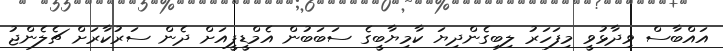
އައްބާސް ވިދާޅުވީ މިފަހަރު ލިބިގެންދިޔަ ކާމިޔާބީގެ ސަބަބުން އެމްޑީޕީއަށް ދެން ސަރުކާރަށް ޗެލެންޖު